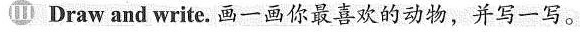
III Draw and write. 画一画你最喜欢的动物,并写一写.